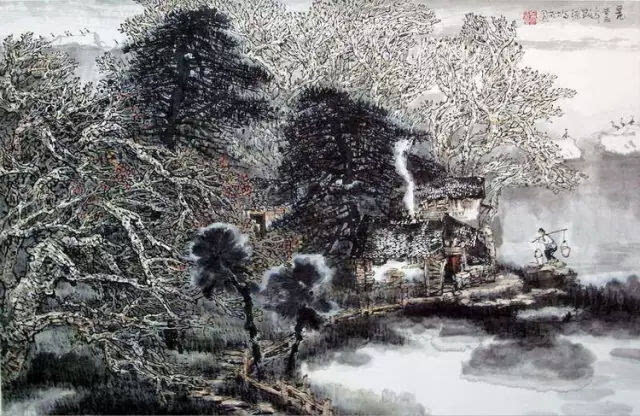
故乡今夜思千里，霜鬓明朝又一年。